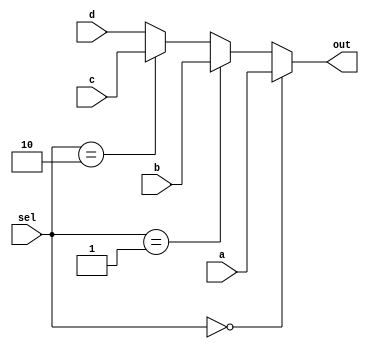
//if~else  4x1  

module mux(a, b, c, d, sel, out);
	input	[3:0]	a, b, c, d; //4      
	input	[1:0]	sel; 
	output	[3:0]	out;

	reg	[3:0]	out;

	always @ (sel or a	or b or c or d) 
	begin : MUX
	if (sel == 2'b00) out = a;     
	else if (sel == 2'b01) out = b;  
	else if (sel == 2'b10) out = c;  
	else out = d;  
            end
endmodule